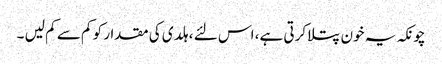
چونکہ یہ خون پتلا کرتی ہے، اس لئے ، ہلدی کی مقدار کو کم سے کم لیں ۔